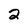
Character: 2